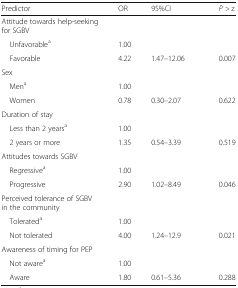
<table><thead><tr><td><b>Predictor</b></td><td><b>OR</b></td><td colspan="2"><b>95%CI</b></td><td><b><i>P</i> &gt; z</b></td></tr></thead><tbody><tr><td>Attitude towards help-seeking for SGBV</td><td></td><td></td><td></td><td></td></tr><tr><td> Unfavorable<sup>a</sup></td><td>1.00</td><td></td><td></td><td></td></tr><tr><td> Favorable</td><td>4.22</td><td colspan="2">1.47–12.06</td><td>0.007</td></tr><tr><td>Sex</td><td></td><td></td><td></td><td></td></tr><tr><td> Men<sup>a</sup></td><td>1.00</td><td></td><td></td><td></td></tr><tr><td> Women</td><td>0.78</td><td colspan="2">0.30–2.07</td><td>0.622</td></tr><tr><td>Duration of stay</td><td></td><td></td><td></td><td></td></tr><tr><td> Less than 2 years<sup>a</sup></td><td>1.00</td><td></td><td></td><td></td></tr><tr><td> 2 years or more</td><td>1.35</td><td colspan="2">0.54–3.39</td><td>0.519</td></tr><tr><td>Attitudes towards SGBV</td><td></td><td></td><td></td><td></td></tr><tr><td> Regressive<sup>a</sup></td><td>1.00</td><td></td><td></td><td></td></tr><tr><td> Progressive</td><td>2.90</td><td colspan="2">1.02–8.49</td><td>0.046</td></tr><tr><td>Perceived tolerance of SGBV in the community</td><td></td><td></td><td></td><td></td></tr><tr><td> Tolerated<sup>a</sup></td><td>1.00</td><td></td><td></td><td></td></tr><tr><td> Not tolerated</td><td>4.00</td><td colspan="2">1.24–12.9</td><td>0.021</td></tr><tr><td>Awareness of timing for PEP</td><td></td><td></td><td></td><td></td></tr><tr><td> Not aware<sup>a</sup></td><td>1.00</td><td></td><td></td><td></td></tr><tr><td> Aware</td><td>1.80</td><td colspan="2">0.61–5.36</td><td>0.288</td></tr></tbody></table>